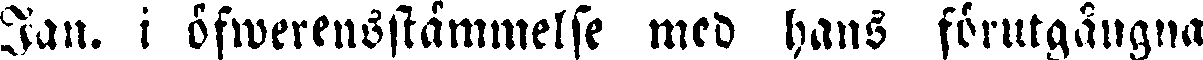
Jan. i öfwerensstämmelse med hans förutgångna